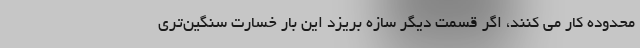
محدوده کار می کنند، اگر قسمت دیگر سازه بریزد این بار خسارت سنگین‌تری